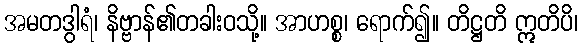
အမတဒွါရံ၊ နိဗ္ဗာန်၏တခါးဝသို့။ အာဟစ္စ၊ ရောက်၍။ တိဋ္ဌတိ ဣတိပိ၊